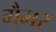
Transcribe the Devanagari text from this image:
गैमर